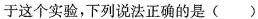
于这个实验，下列说法正确的是()